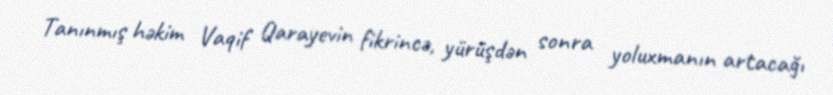
Tanınmış həkim Vaqif Qarayevin fikrincə, yürüşdən sonra yoluxmanın artacağı